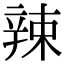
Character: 辣